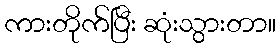
ကားတိုက်ပြီး ဆုံးသွားတာ။